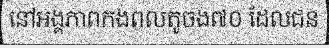
នៅអង្គភាពកងពលតូចង៧០ ដែលជន